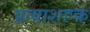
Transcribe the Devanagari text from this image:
प्रत्याशाप्क